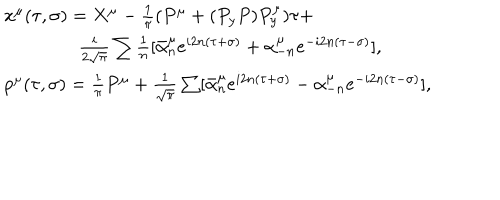
LaTeX: \begin{array} { l } { { \qquad x ^ { \mu } ( \tau , \sigma ) = X ^ { \mu } - \frac 1 { \pi } ( P ^ { \mu } + ( P _ { y } P ) P _ { y } ^ { \mu } ) \tau + } } \\ { { \qquad \qquad \qquad \frac i { 2 \sqrt \pi } \sum \frac 1 n [ \bar { \alpha } _ { n } ^ { \mu } e ^ { i 2 n ( \tau + \sigma ) } + \alpha _ { - n } ^ { \mu } e ^ { - i 2 n ( \tau - \sigma ) } ] , } } \\ { { \qquad p ^ { \mu } ( \tau , \sigma ) = \frac 1 { \pi } P ^ { \mu } + \frac 1 { \sqrt \pi } \sum [ \bar { \alpha } _ { n } ^ { \mu } e ^ { i 2 n ( \tau + \sigma ) } - \alpha _ { - n } ^ { \mu } e ^ { - i 2 n ( \tau - \sigma ) } ] , } } \\ \end{array}